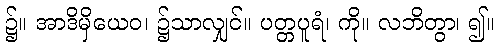
၌။ အာဒိမှိယေဝ၊ ၌သာလျှင်။ ပတ္တပူရံ၊ ကို။ လဘိတွာ၊ ၍။